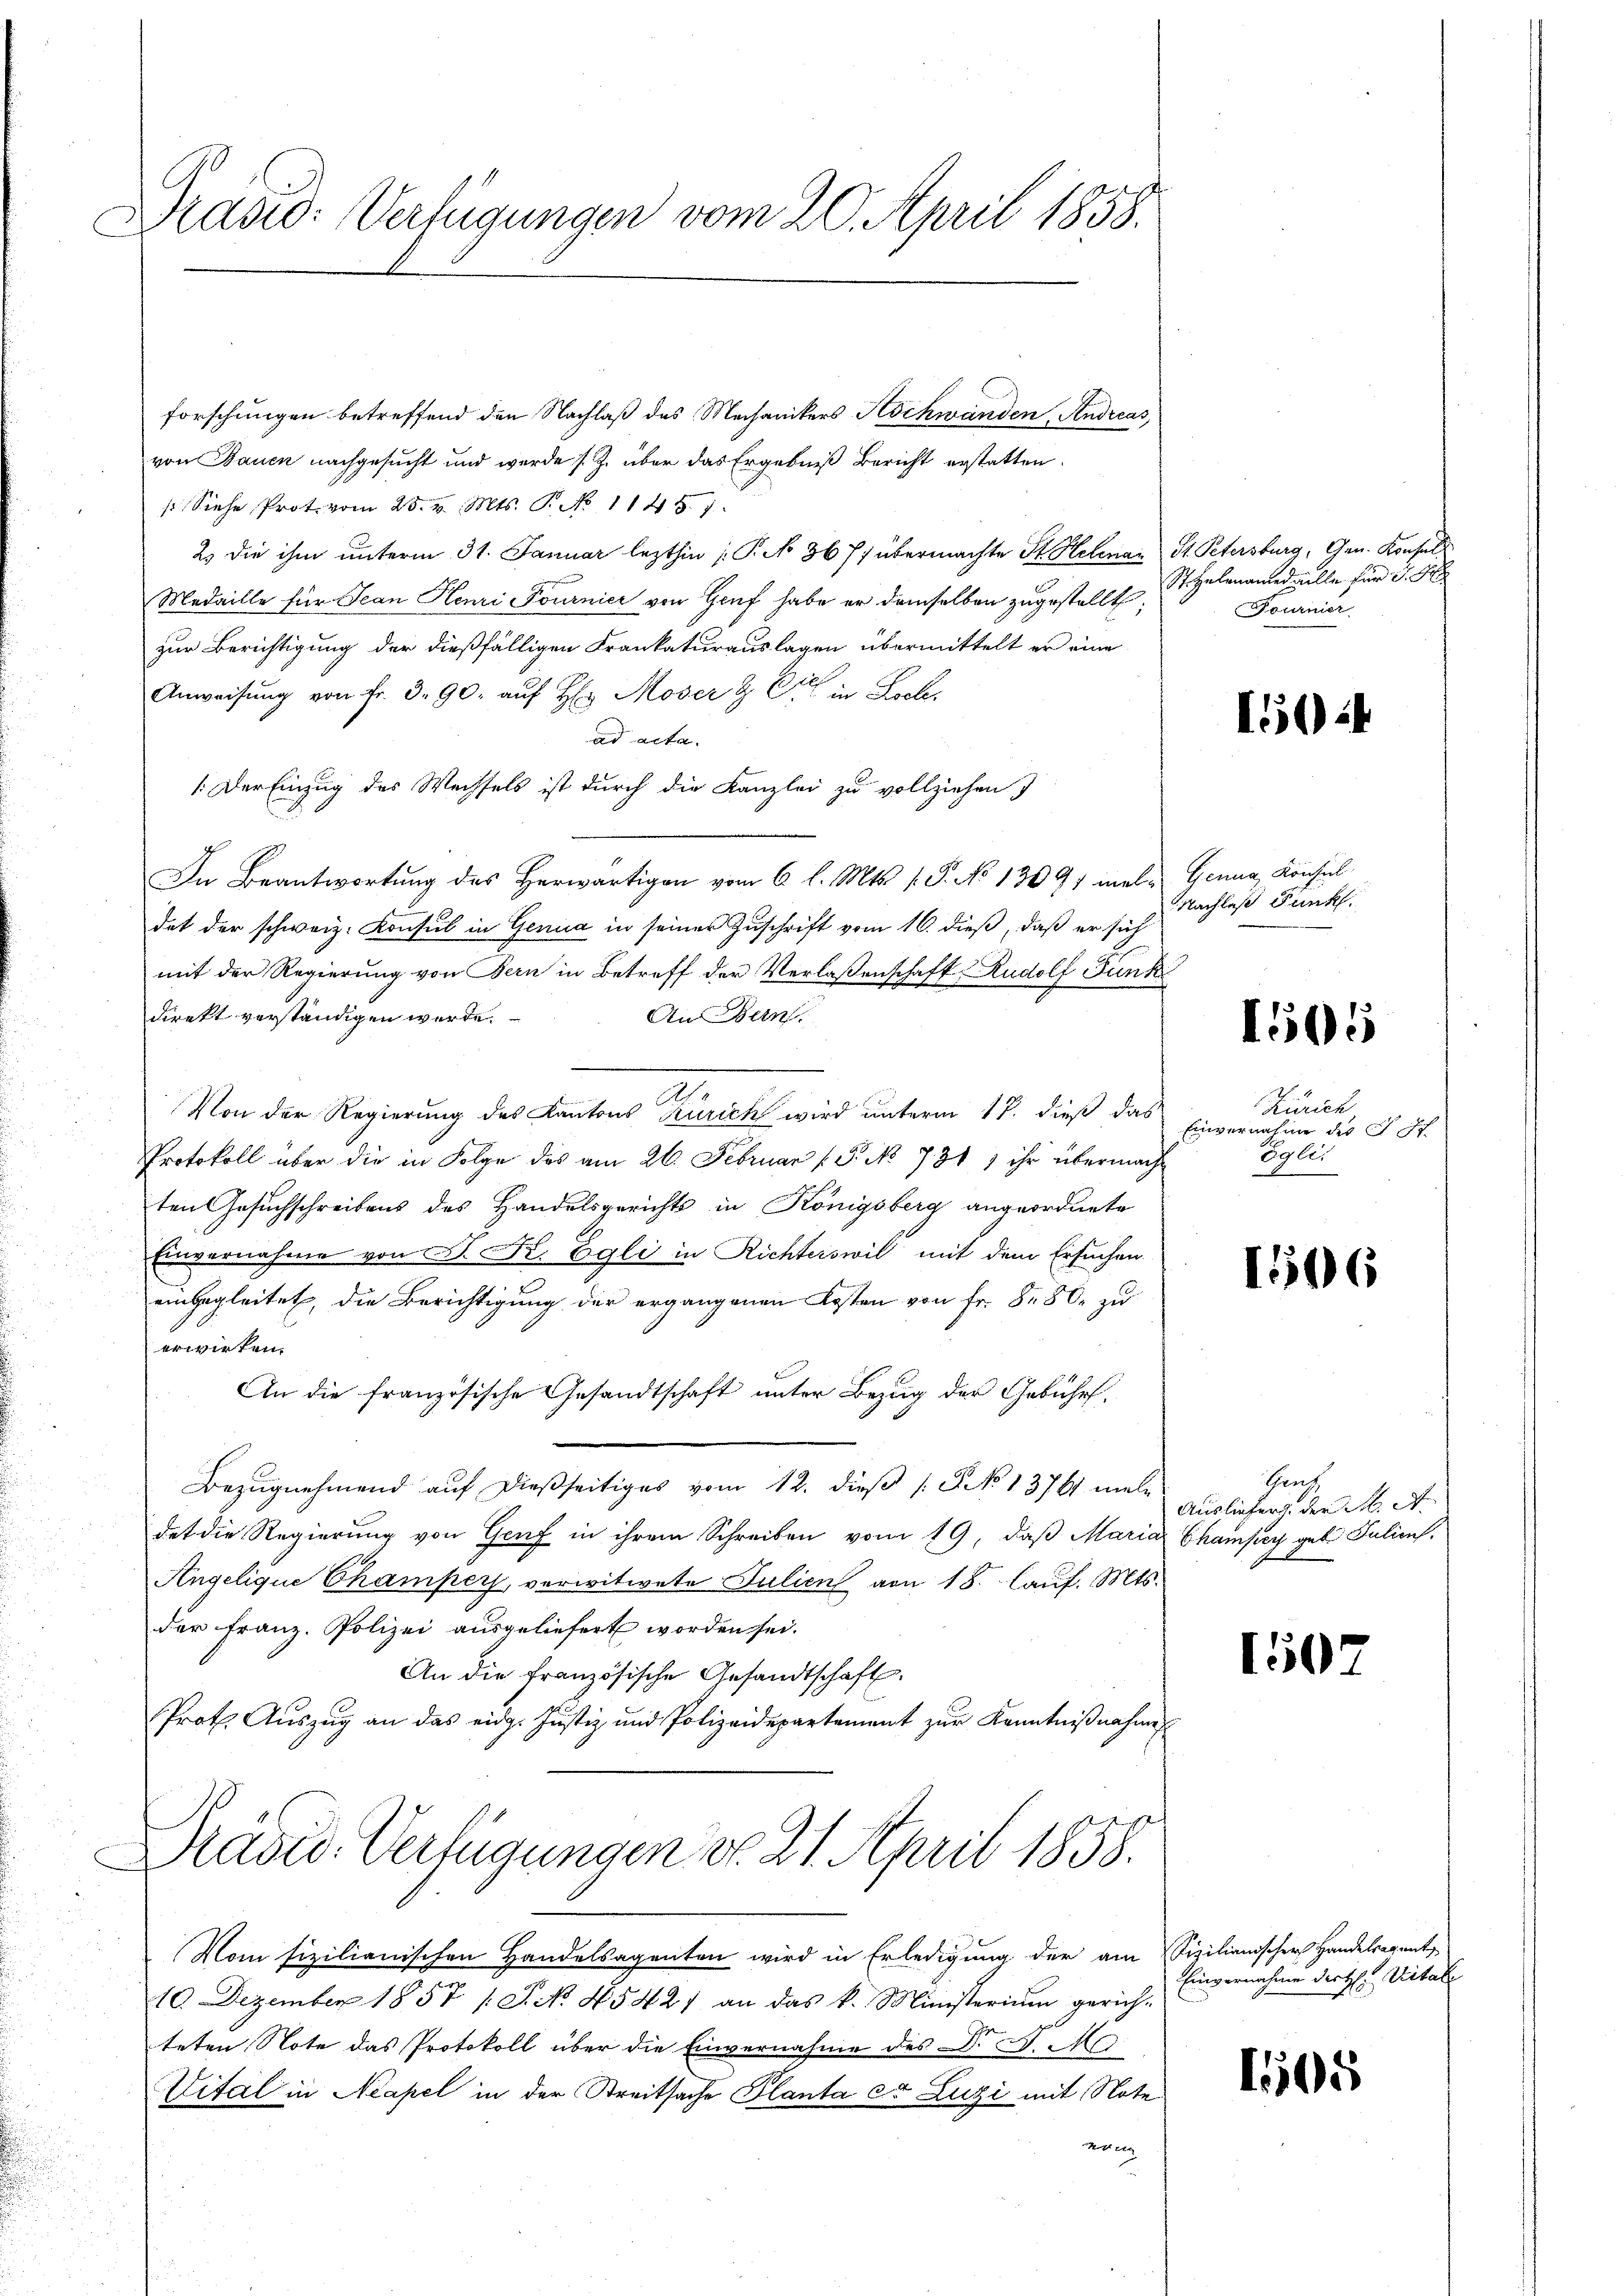
Kasio: Verfügungen vom 20. April 1858.
C

forschungen betreffend den Nachlaß des Mechanikers Hochwänden, Andreas
von Bauen nachgesucht und werde s. Z. über das Ergebniß Bericht erstatten.
 Siehe Prot. vom 25. v. Mts. T. No 1145. 7
2. die ihm unterm 31. Januar lezthin  P. No 36 7) übermachte St. Helinar St. Petersburg, Gen. Konsuls
Medaille für Jean Henri Tournier von Genf habe er demselben zugestellt.
zur Berichtigung der dießfälligen Frankaturauslagen übermittelt er eine
Anweisung von Fr. 3. 90. auf Hr Moser & Cie in Loch
ad acta
: Der Einzug des Wechsels ist durch die Kanzlei zu vollziehen)
In Beantwortung des Herwärtigen vom 6 l. Mts. f. P. No 13091 mal- Genua, Konsul
dat der schweiz. Konsul in Genica in seiner Zuschrift vom 16. dieß, daß er sich
mit der Regierung von Bern in Betreff der Verlassenschaft Rudolf Funk
direkt verständigen werde.
An Ban
Von der Regierung des Kantons Zürich wird unterm 17. dieß das
Protokoll über die in Folge des am 26. Februar ( P. No. 731 ) ihr übermacht
ten Gesuchschreibens des Handelsgerichts in Königsberg angeordnete
Einvernahme von P. Fr. Egli in Richterswil mit dem Ersuchen
eingegleitet, die Berichtigung der ergangenen Kosten von Fr. 880. zu
erwirken.
An die französische Gesandtschaft unter Bezug der Gebühr.
Bezugnehmend auf dießseitiges vom 12. dieß (: P. No 13761 male
det die Regierung von Genf in ihrem Schreiben vom 19. daß Maria Champey geb. Julien.
Angelique Champer, verwitwete Julien von 18. Lauf. Mts.
der Franz. Polizei ausgeliefert worden sei.
An die französische Gesandtschaft
Prot. Aŭszŭg an das eidg. Justiz und Polizeidepartement zŭr Kenntniβnahmen

Präsid. Verfügungen d. 21. April 1858.

Vom fizilianischen Handelsagenten wird in Erledigung der am Fizilianischer Handelsagent
10. Dezember 1857 (S. N. 45421 an das k. Ministerium gerich-
teten Note das Protokoll über die Einvernahme des Dr. d. M.
Vital in Neapel in der Breitsache Planta et Luzi mit Note
eien

St Helenannd alle für d. 5
Fournier

150:

Nachlaß Funk

1505

Zürich
Einvernahme des J. St.
Eglei

1550 (

Sprech
Ausliefert der K. A.

150

Einvernahme der H: Vitale

1505